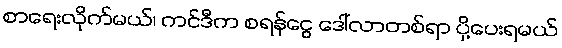
စာရေးလိုက်မယ်၊ ကင်ဒီက စရန်ငွေ ဒေါ်လာတစ်ရာ ပို့ပေးရမယ်